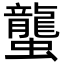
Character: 蠪